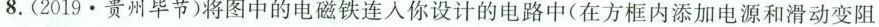
8.(2019·贵州毕节)将图中的电磁铁连入你设计的电路中(在方框内添加电源和滑动变阻